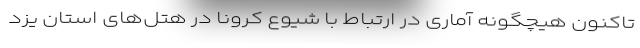
تاکنون هیچگونه آماری در ارتباط با شیوع کرونا در هتل‌های استان یزد